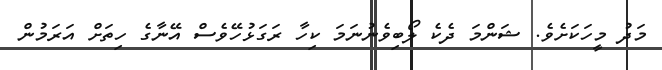
މަދު މީހަކަށެވެ. ޝަންމަ ދެކެ ލޯބިވެނުނަމަ ކިހާ ރަގަޅުހޭވެސް އޭނާގެ ހިތަށް އަރަމުން